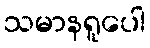
သမာနရူပေါ